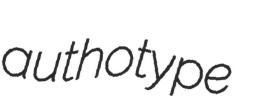
authotype